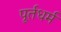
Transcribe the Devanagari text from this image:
पूर्तधर्म